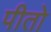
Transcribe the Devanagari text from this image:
पीतो